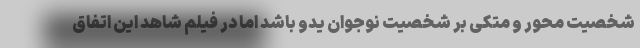
شخصیت محور و متکی بر شخصیت نوجوان یدو باشد اما در فیلم شاهد این اتفاق